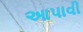
આપાવી